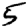
Digit: 5